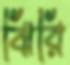
ঝিরি